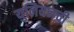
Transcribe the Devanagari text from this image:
युनियनची